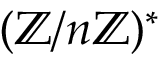
( \mathbb { Z } / n \mathbb { Z } ) ^ { * }